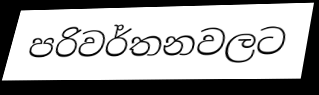
පරිවර්තනවලට